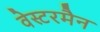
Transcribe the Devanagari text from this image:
वेस्टरमैन